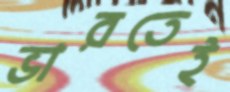
ভারতেই